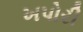
ખપોરી